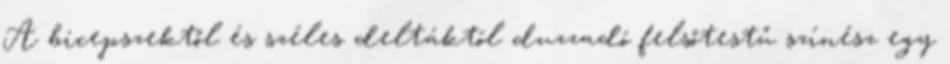
A bicepszektől és széles deltáktól duzzadó felsőtestű színész egy